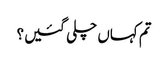
تم کہاں چلی گئیں؟